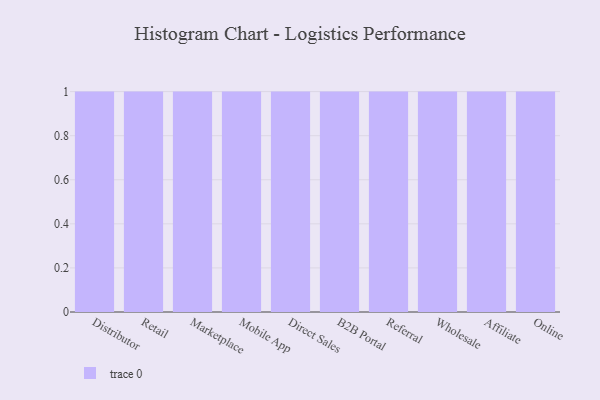
{"axis": {"x": "Channel", "y": "Shipments"}, "legend": [""], "data": [{"x": "Distributor", "y": 81, "type": ""}, {"x": "Retail", "y": 86, "type": ""}, {"x": "Marketplace", "y": 54, "type": ""}, {"x": "Mobile App", "y": 1, "type": ""}, {"x": "Direct Sales", "y": 28, "type": ""}, {"x": "B2B Portal", "y": 59, "type": ""}, {"x": "Referral", "y": 11, "type": ""}, {"x": "Wholesale", "y": 51, "type": ""}, {"x": "Affiliate", "y": 52, "type": ""}, {"x": "Online", "y": 35, "type": ""}]}